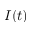
I ( t )